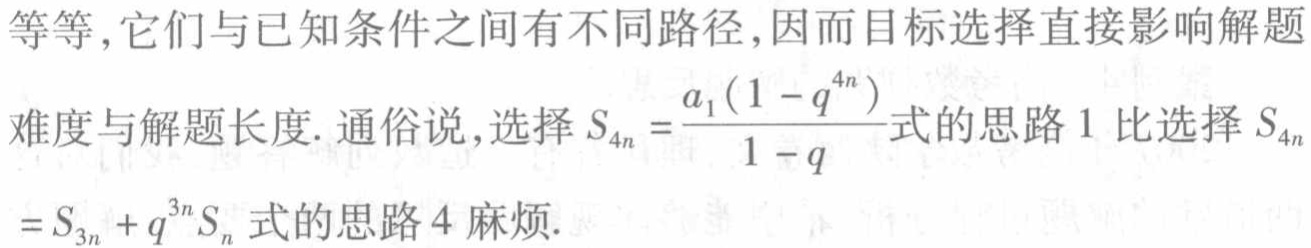
等等,它们与已知条件之间有不同路径,因而目标选择直接影响解题
难度与解题长度. 通俗说,选择\(S_{4n}=\frac{a_{1}(1 - q^{4n})}{1 - q}\)式的思路 1 比选择\(S_{4n}\)
\(=S_{3n}+q^{3n}S_{n}\)式的思路 4 麻烦.